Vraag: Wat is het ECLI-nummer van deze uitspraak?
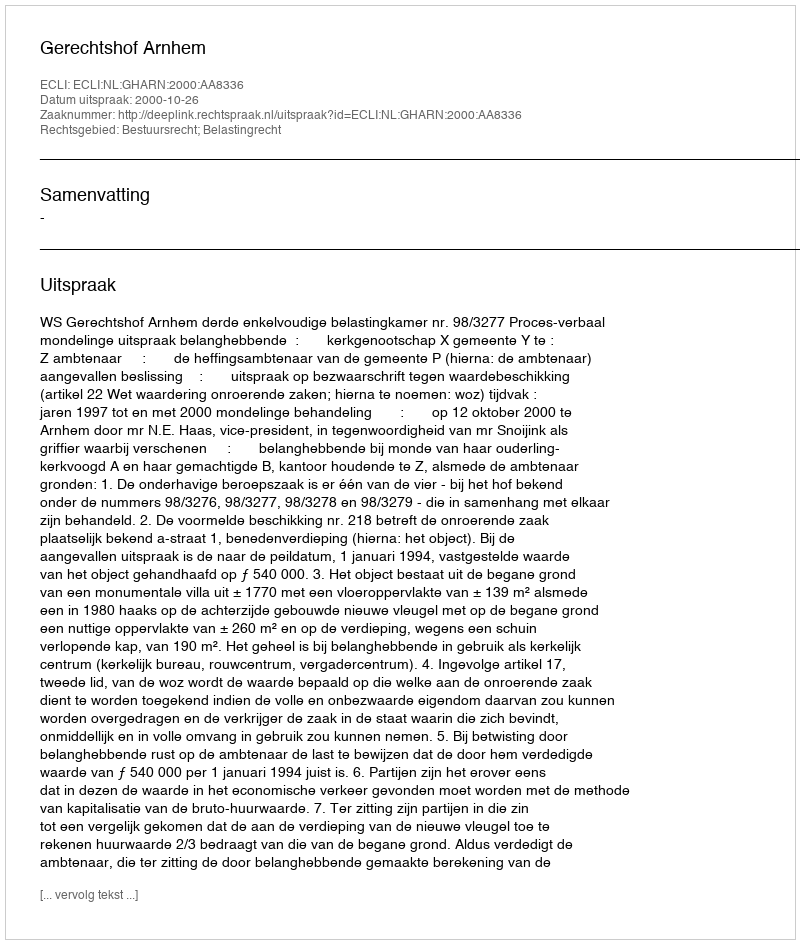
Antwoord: ECLI:NL:GHARN:2000:AA8336